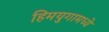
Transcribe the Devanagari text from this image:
हिमयुगामध्ये